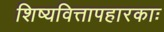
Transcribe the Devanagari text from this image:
शिष्यवित्तापहारकाः